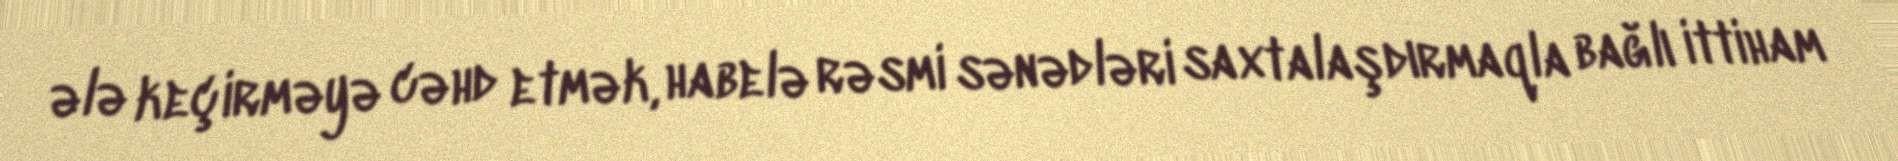
ələ keçirməyə cəhd etmək, habelə rəsmi sənədləri saxtalaşdırmaqla bağlı ittiham